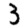
Digit: 3